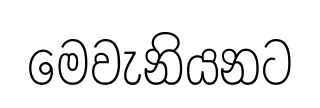
මෙවැනියනට